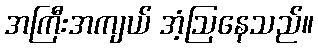
အကြီးအကျယ် အံ့ဩနေသည်။